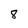
Character: 8